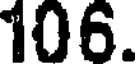
106.